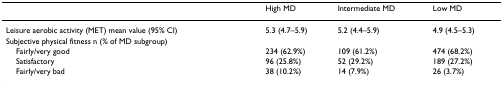
|  | High MD | Intermediate MD | Low MD |
 | --- | --- | --- | --- |
 | Leisure aerobic activity (MET) mean value (95% CI) | 5.3 (4.7–5.9) | 5.2 (4.4–5.9) | 4.9 (4.5–5.3) |
 | Subjective physical fitness n (% of MD subgroup) |  |  |  |
 | Fairly/very good | 234 (62.9%) | 109 (61.2%) | 474 (68.2%) |
 | Satisfactory | 96 (25.8%) | 52 (29.2%) | 189 (27.2%) |
 | Fairly/very bad | 38 (10.2%) | 14 (7.9%) | 26 (3.7%) |